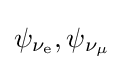
\psi _{\nu _{\mathrm {e} }},\psi _{\nu _{\mu }}